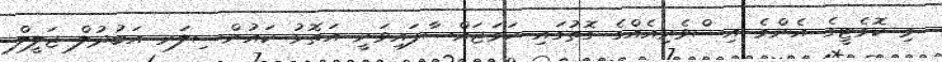
މި ކޮމެޓީގެ އެންމެ އިސްވެރިއެއްގެ ގޮތުގައި ހަމަޖައްސާފައިވަނީ އަތޮޅު ކައުންސިލަރ އަބުދުލް ޖަލީލް